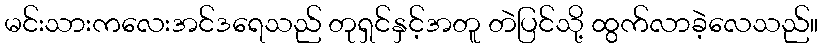
မင်းသားကလေးအင်ဒရေသည် တုရှင်နှင့်အတူ တဲပြင်သို့ ထွက်လာခဲ့လေသည်။